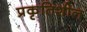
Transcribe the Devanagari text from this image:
प्रकृतिशील